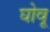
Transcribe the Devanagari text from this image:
घोवू